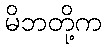
မိဘတို့က